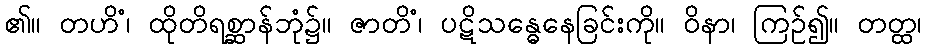
၏။ တဟိံ၊ ထိုတိရစ္ဆာန်ဘုံ၌။ ဇာတိံ၊ ပဋိသန္ဓေနေခြင်းကို။ ဝိနာ၊ ကြဉ်၍။ တတ္ထ၊